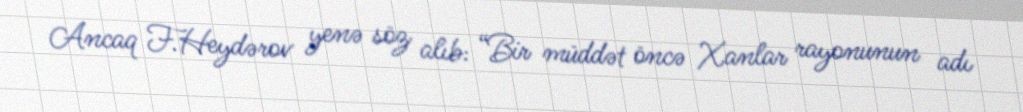
Ancaq F.Heydərov yenə söz alıb: “Bir müddət öncə Xanlar rayonunun adı